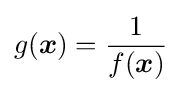
g({\boldsymbol {x}})={\frac {1}{f({\boldsymbol {x}})}}